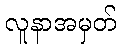
လူနာအမှတ်